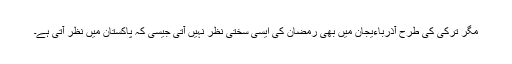
مگر ترکی کی طرح آذرباءیجان میں بھی رمضان کی ایسی سختی نظر نہیں آتی جیسی کہ پاکستان میں نظر آتی ہے۔